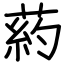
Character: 葯